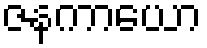
ဇနကာယော